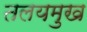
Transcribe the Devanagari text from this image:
तलयमुख